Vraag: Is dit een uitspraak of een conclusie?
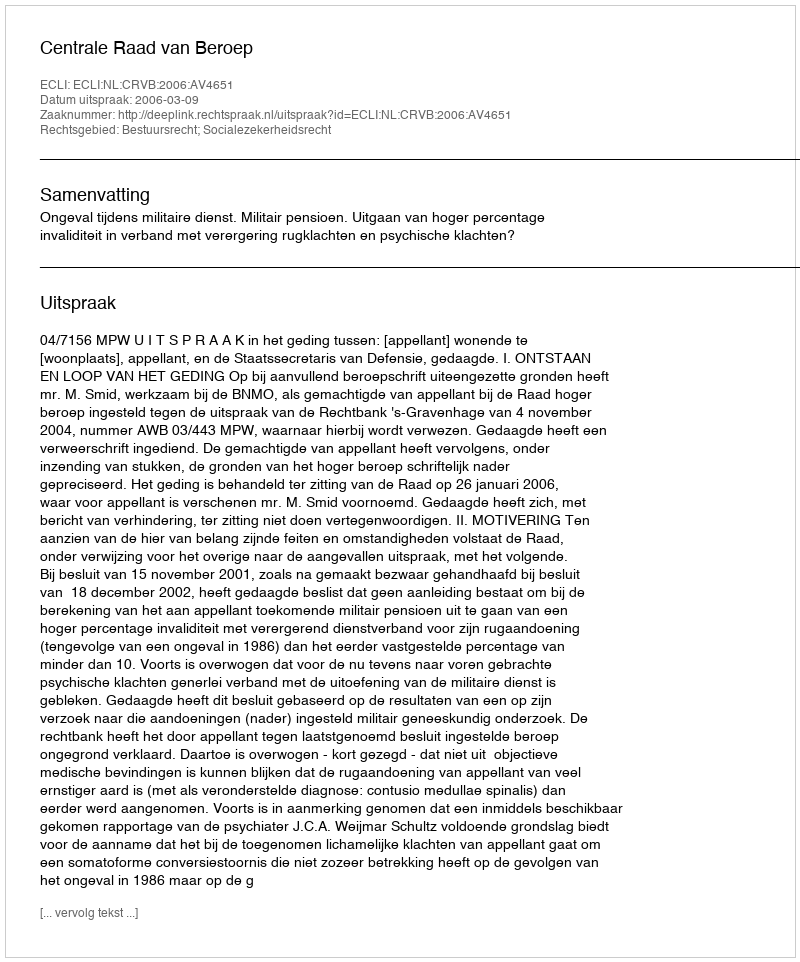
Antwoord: Uitspraak